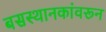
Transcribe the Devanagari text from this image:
बसस्थानकांवरून